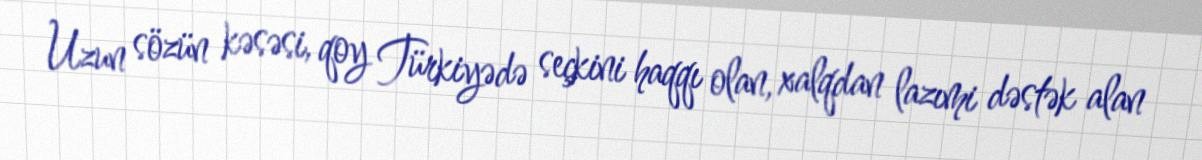
Uzun sözün kəsəsi, qoy Türkiyədə seçkini haqqı olan, xalqdan lazımi dəstək alan